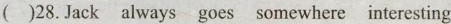
( )28.Jack always goes somewhere interesting